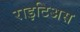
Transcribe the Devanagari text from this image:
राइटिअस